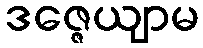
ဒဇ္ဇေယျာမ